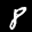
Label: 8